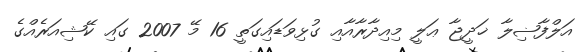
އަލްފާޟިލާ ޚަދީޖާ ޢަލީ މިއިދާރާއާއި ގުޅިވަޑައިގަތީ 16 މޭ 2007 ގައި ކޭޝިއަރެއްގެ